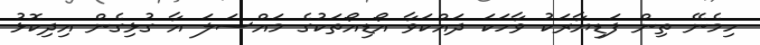
ހިމެނޭ ތިން ފަޑިޔާރަކު ވާހަކަ ދައްކަވާ އޯޑިއޯތަކުގެ މައްސަލަ އާ ގުޅިގެން އިދިކޮޅު